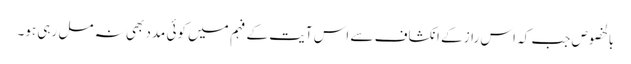
بالخصوص جب کہ اس راز کے انکشاف سے اس آیت کے فہم میں کوئی مدد بھی نہ مل رہی ہو۔